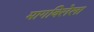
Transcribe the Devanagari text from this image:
मागविलेला